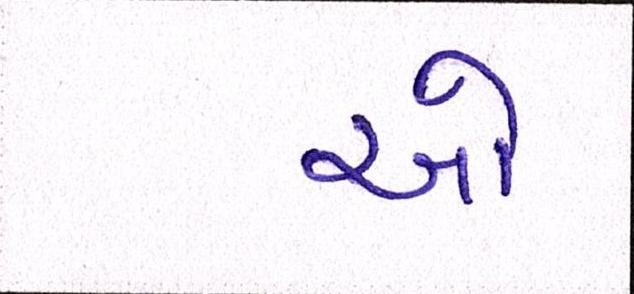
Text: ઓ